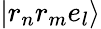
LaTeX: \vert r_{n}r_{m}e_{l}\rangle